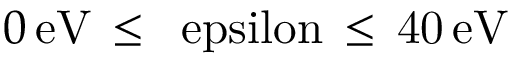
0 \, \mathrm { { e V } \, \leq \, \ e p s i l o n \, \leq \, 4 0 \, \mathrm { { e V } } }